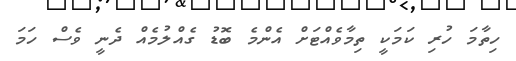
ހިތާމަ ހުރި ކަމަކީ ތިމާވެއްޓަށް އެންމެ ބޮޑު ގެއްލުމެއް ދެނީ ވެސް ހަމަ